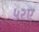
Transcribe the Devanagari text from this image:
५२ए